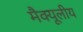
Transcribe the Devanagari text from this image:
मैक्यूलीय